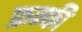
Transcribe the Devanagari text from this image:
फ्रन्की